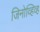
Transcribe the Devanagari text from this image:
जिनोव्हिव्ह